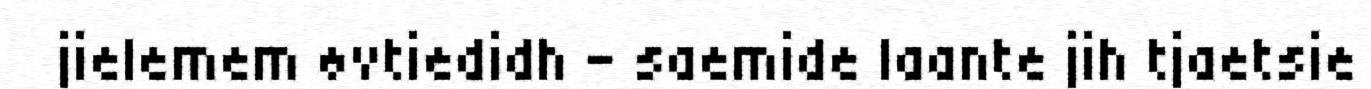
jielemem øvtiedidh - saemide laante jih tjaetsie